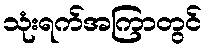
သုံးရက်အကြာတွင်